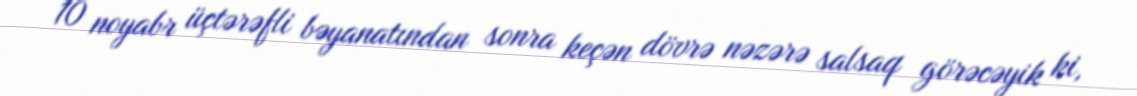
10 noyabr üçtərəfli bəyanatından sonra keçən dövrə nəzərə salsaq görəcəyik ki,